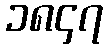
၁၈၄၇